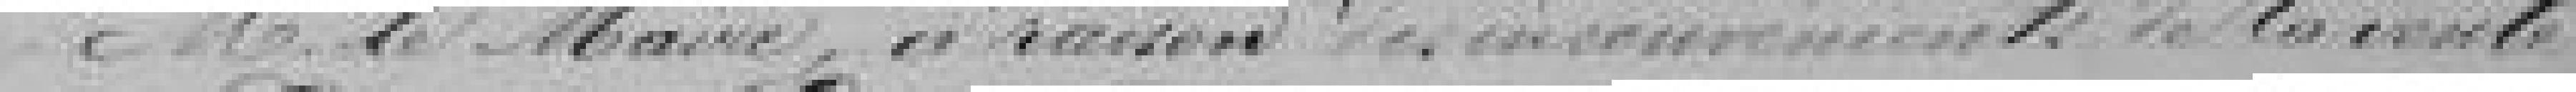
Monsieur le Maire, à raison des inconvénients de la vente